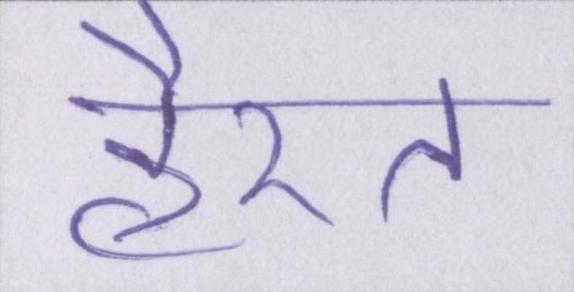
हैरत